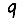
Digit: 9